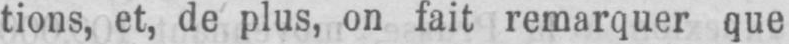
tions, et, de plus, on fait remarquer que